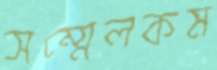
সম্মেলকম